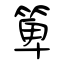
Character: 箄